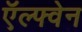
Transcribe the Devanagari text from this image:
ऍल्फ्वेन